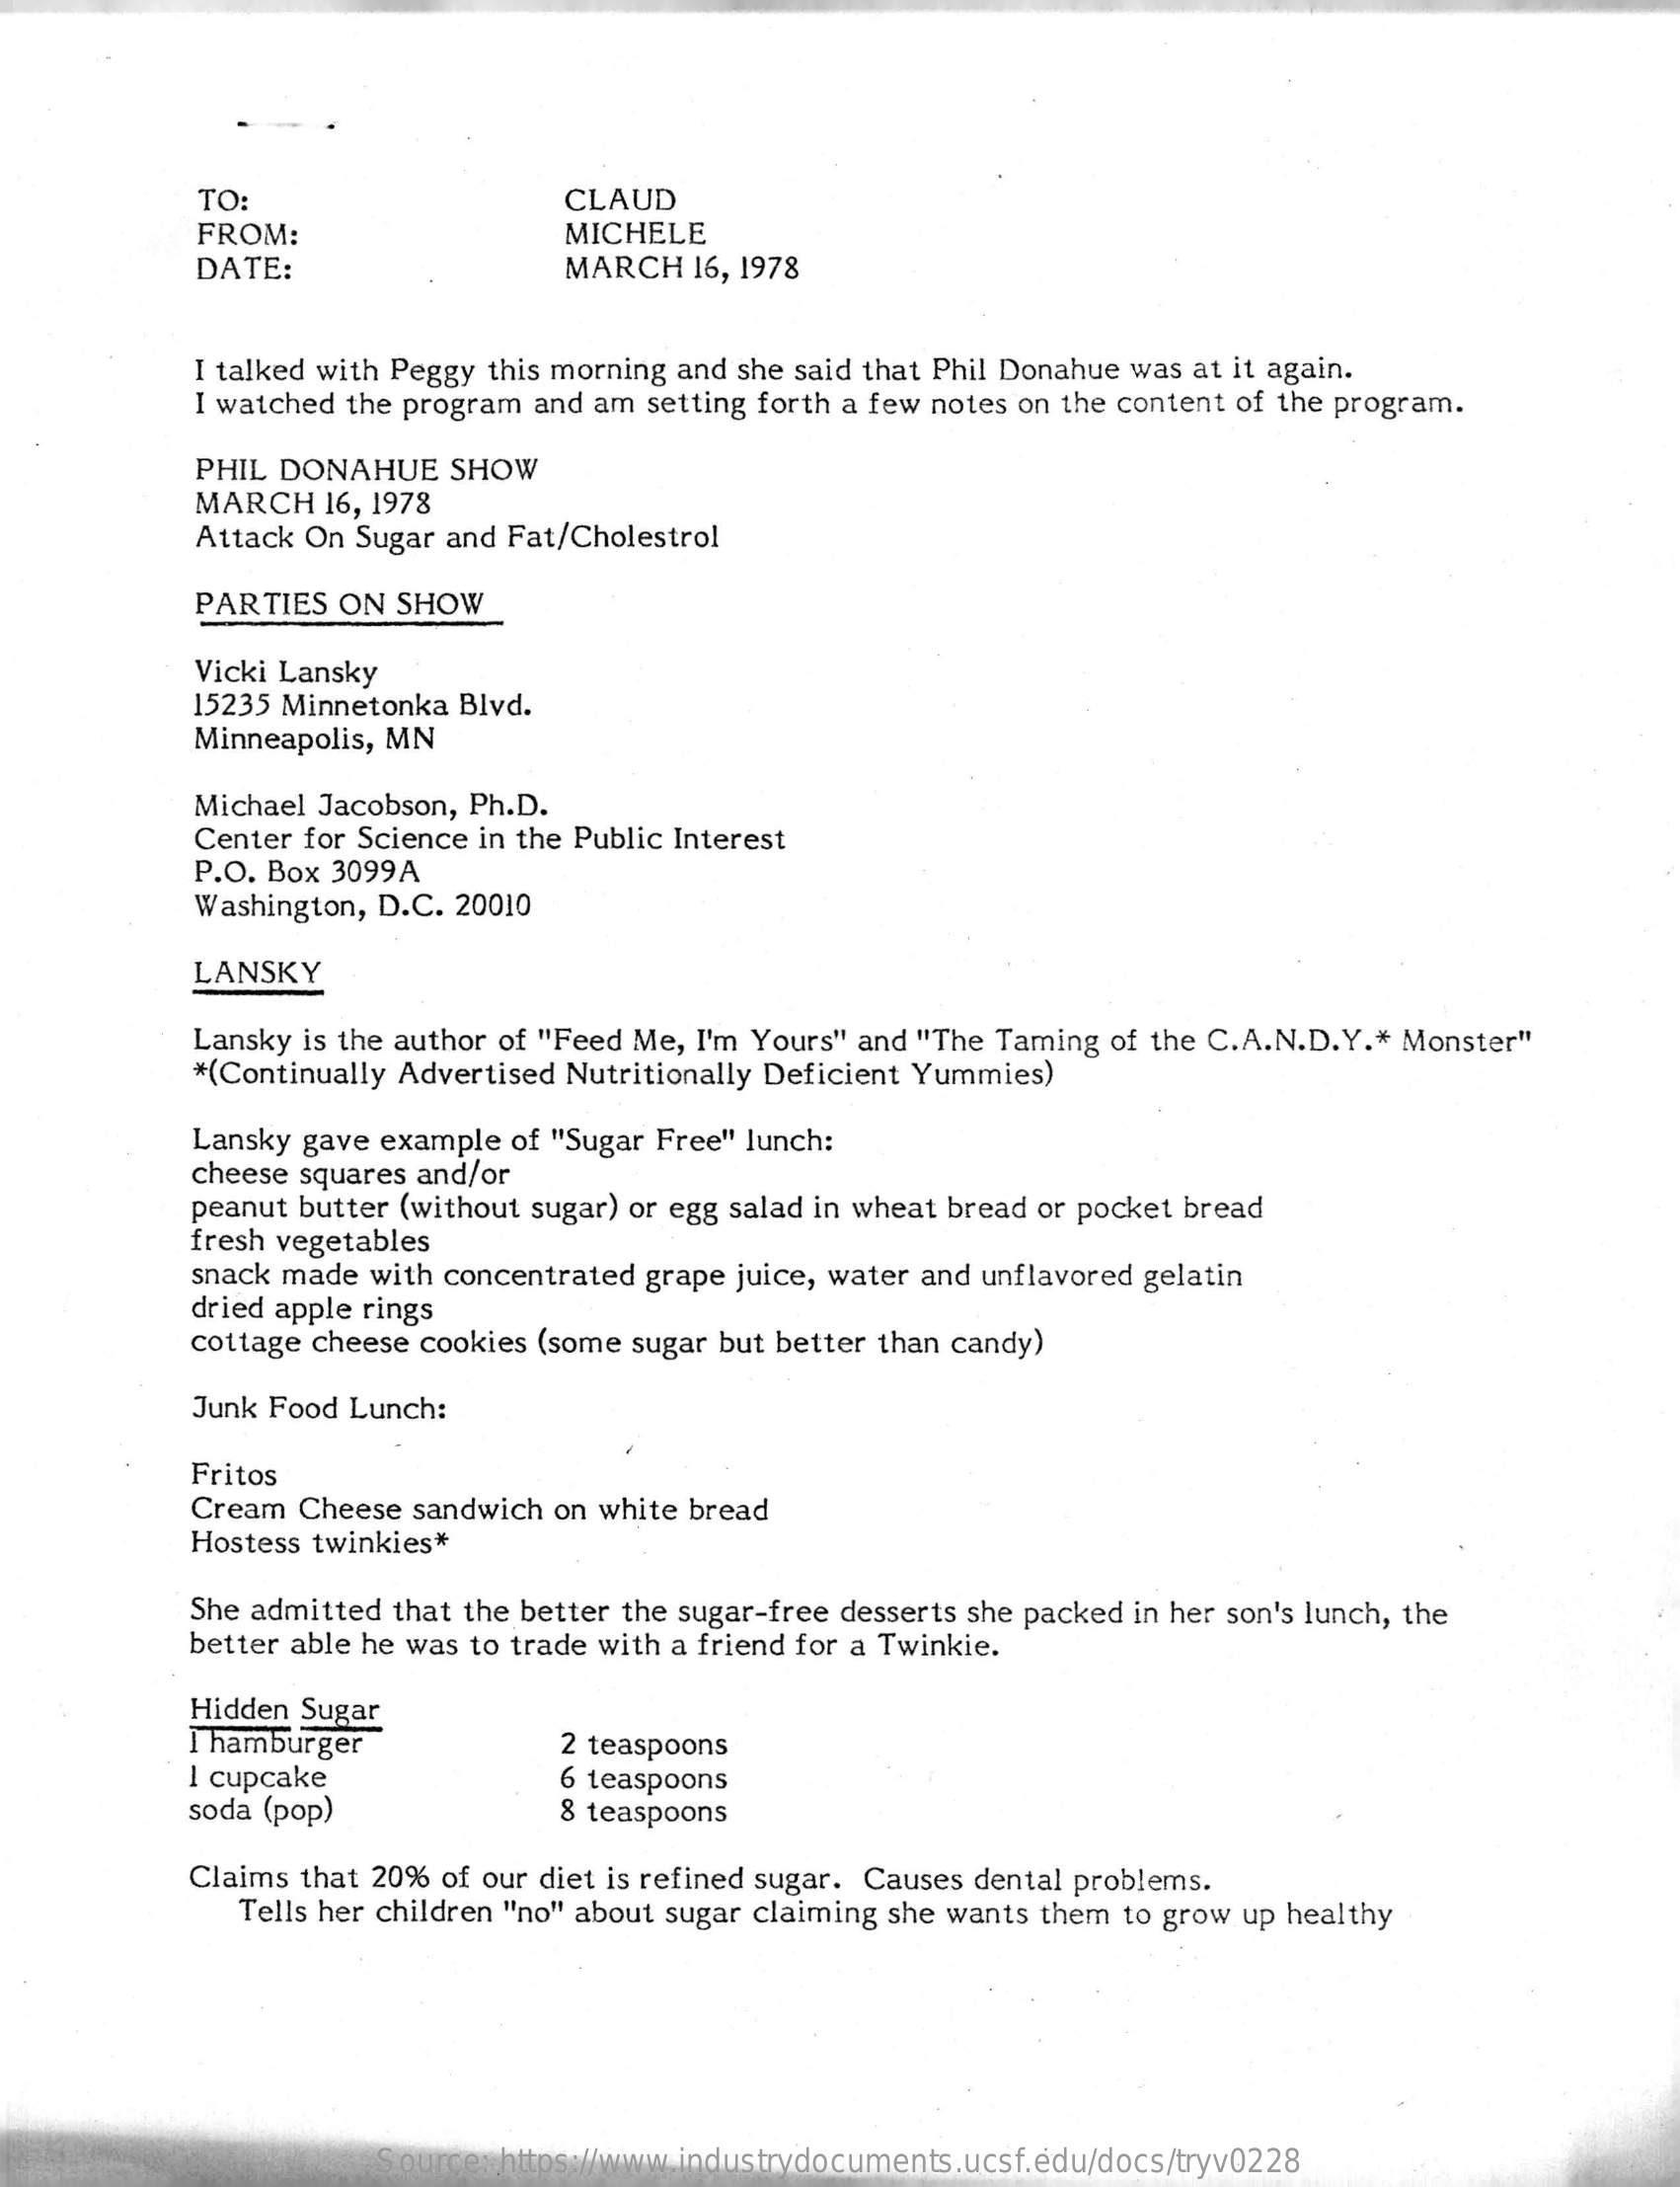
TO:    CLAUD
     FROM:    MICHELE
     DATE:    MARCH  16, 1978
     I talked with Peggy this morning and she said that Phil Donahue was at it again.
     I watched the program and am setting forth a few notes on the content of the program.
     PHIL DONAHUE   SHOW
     MARCH  16, 1978
     Attack On Sugar and Fat/Cholestrol
     PARTIES ON SHOW
     Vicki Lansky
     15235 Minnetonka Blvd.
     Minneapolis, MN
     Michael Jacobson, Ph.D.
     Center for Science in the Public Interest
     P.O. Box 3099A
     Washington, D.C. 20010
     LANSKY
     Lansky is the author of "Feed Me, I'm Yours" and "The Taming of the C.A.N.D.Y .* Monster"
     *(Continually Advertised Nutritionally Deficient Yummies)
     Lansky gave example of "Sugar Free" lunch:
     cheese squares and/or
     peanut butter (without sugar) or egg salad in wheat bread or pocket bread
     fresh vegetables
     snack made with concentrated grape juice, water and unflavored gelatin
     dried apple rings
     cottage cheese cookies (some sugar but better than candy)
     Junk Food Lunch:
     Fritos
     Cream Cheese sandwich on white bread
     Hostess twinkies*
     She admitted that the better the sugar-free desserts she packed in her son's lunch, the
     better able he was to trade with a friend for a Twinkie.
     Hidden Sugar
     I hamburger
     1 cupcake
     2 teaspoons
     soda (pop)
     6 teaspoons
     8 teaspoons
     Claims that 20% of our diet is refined sugar. Causes dental problems.
     Tells her children "no" about sugar claiming she wants them to grow up healthy
     Source: https://www.industrydocuments.ucsf.edu/docs/tryv0228